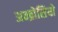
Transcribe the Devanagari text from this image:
अम्ब्रोसियो